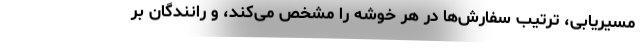
مسیریابی، ‌ترتیب سفارش‌ها در هر خوشه را مشخص می‌کند، و رانندگان بر